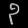
Digit: ၃